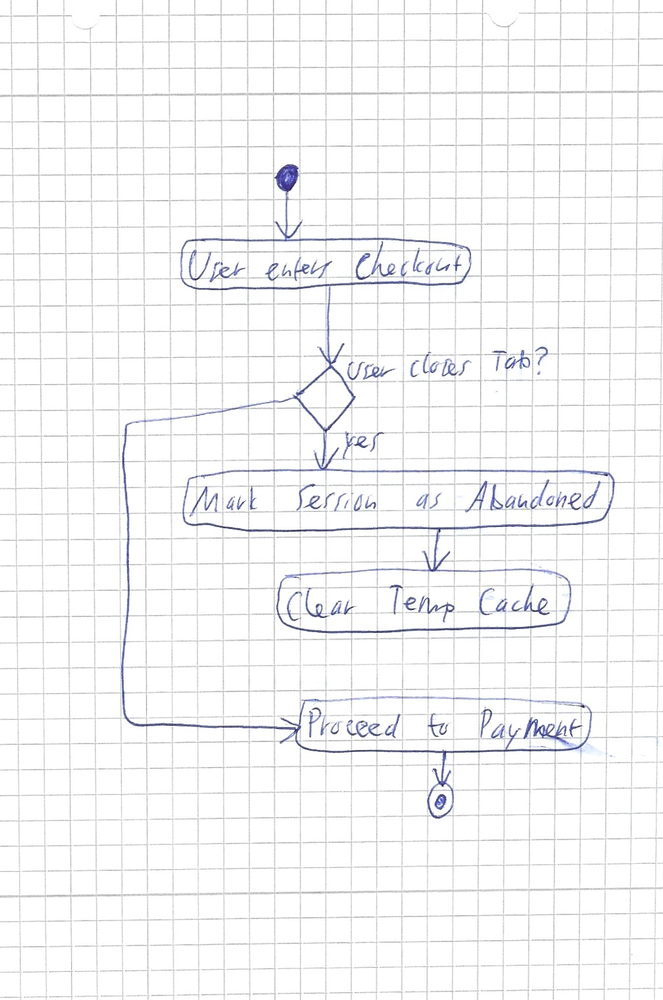
Diagram type: activity_diagram
```plantuml
@startuml

start
:User enters Checkout;
if (User closes Tab?) then (yes)
  :Mark Session as Abandoned;
  :Clear Temp Cache;
  detach
endif
:Proceed to Payment;
stop

@enduml
```